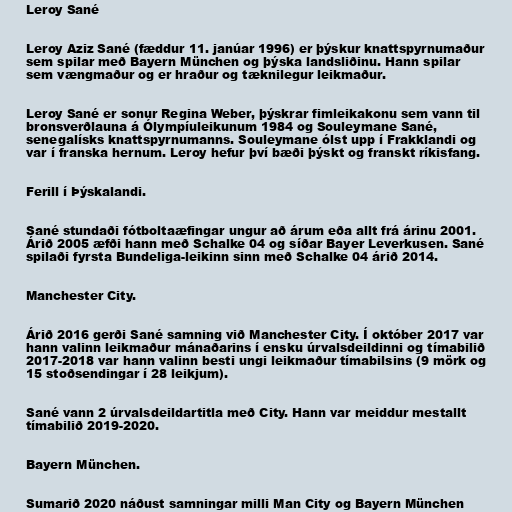
Leroy Sané

Leroy Aziz Sané (fæddur 11. janúar 1996) er þýskur knattspyrnumaður
sem spilar með Bayern München og þýska landsliðinu. Hann spilar
sem vængmaður og er hraður og tæknilegur leikmaður.

Leroy Sané er sonur Regina Weber, þýskrar fimleikakonu sem vann til
bronsverðlauna á Ólympíuleikunum 1984 og Souleymane Sané,
senegalísks knattspyrnumanns. Souleymane ólst upp í Frakklandi og
var í franska hernum. Leroy hefur því bæði þýskt og franskt ríkisfang.

Ferill í Þýskalandi.

Sané stundaði fótboltaæfingar ungur að árum eða allt frá árinu 2001.
Árið 2005 æfði hann með Schalke 04 og síðar Bayer Leverkusen. Sané
spilaði fyrsta Bundeliga-leikinn sinn með Schalke 04 árið 2014.

Manchester City.

Árið 2016 gerði Sané samning við Manchester City. Í október 2017 var
hann valinn leikmaður mánaðarins í ensku úrvalsdeildinni og tímabilið
2017-2018 var hann valinn besti ungi leikmaður tímabilsins (9 mörk og
15 stoðsendingar í 28 leikjum).

Sané vann 2 úrvalsdeildartitla með City. Hann var meiddur mestallt
tímabilið 2019-2020.

Bayern München.

Sumarið 2020 náðust samningar milli Man City og Bayern München